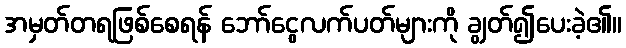
အမှတ်တရဖြစ်စေရန် ဘော်ငွေလက်ပတ်များကို ချွတ်၍ပေးခဲ့၏။